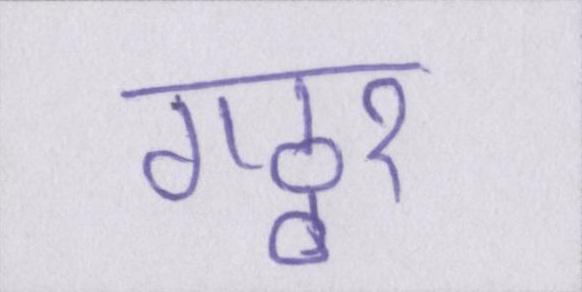
गठ्ठर